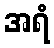
အရံ